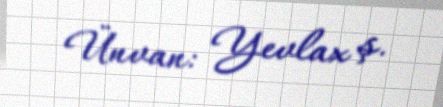
Ünvan: Yevlax ş.